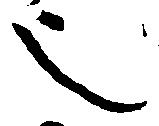
也